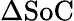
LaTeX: \Delta\textrm{SoC}